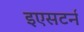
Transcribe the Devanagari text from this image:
इएसटर्न